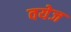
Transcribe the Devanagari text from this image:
वयेज